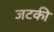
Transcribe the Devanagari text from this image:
जटकी